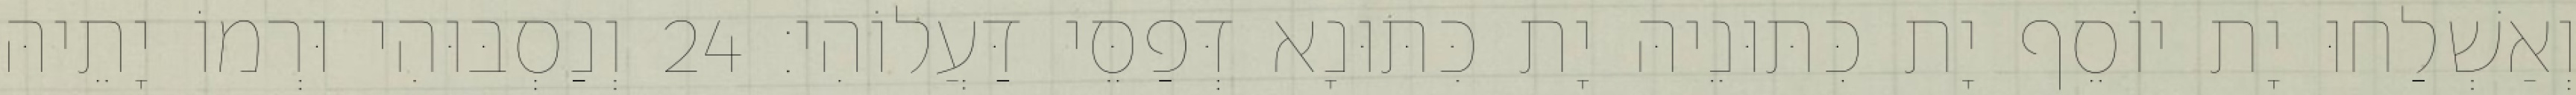
וְאַשְׁלַחוּ יָת יוֹסֵף יָת כִּתּוּנֵיהּ יָת כִּתּוּנָא דְּפַסֵּי דַּעֲלוֹהִי׃ 24 וְנַסְבּוּהִי וּרְמוֹ יָתֵיהּ